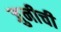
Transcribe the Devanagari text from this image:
जुनीची